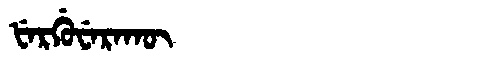
Manchu: ᡶᡝᡵᡤᡠᠸᡝᡵᠠᡴᡡ
Romanization: FERGUWERAKŪ